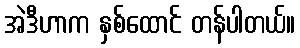
အဲဒီဟာက နှစ်ထောင် တန်ပါတယ်။